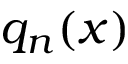
q _ { n } ( x )